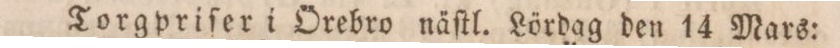
Torgpriſer i Örebro näſtl. Lördag den 14 Mars: